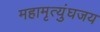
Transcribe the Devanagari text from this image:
महामृत्युंघजय